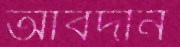
আবদীন